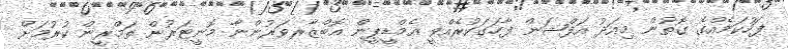
ފަހުކަމެއްގެ ގޮތުން މިއަދު އަފްޝަން ފާހަގަކުރެއްވީ އެމްޑީޕީން އޮބްޒާރވަރުންނާ މޮނީޓަރުން ތަމްރީން ކުރުމަށް